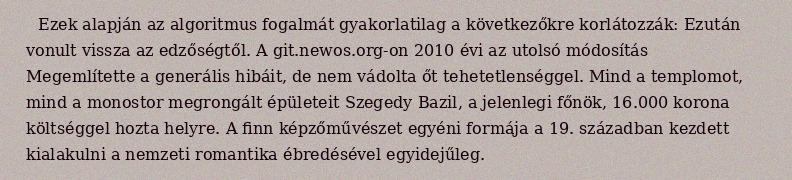
Ezek alapján az algoritmus fogalmát gyakorlatilag a következőkre korlátozzák: Ezután vonult vissza az edzőségtől. A git.newos.org-on 2010 évi az utolsó módosítás Megemlítette a generális hibáit, de nem vádolta őt tehetetlenséggel. Mind a templomot, mind a monostor megrongált épületeit Szegedy Bazil, a jelenlegi főnök, 16.000 korona költséggel hozta helyre. A finn képzőművészet egyéni formája a 19. században kezdett kialakulni a nemzeti romantika ébredésével egyidejűleg.